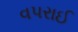
વપરાઈ